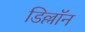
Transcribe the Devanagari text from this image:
डिल्लॉन